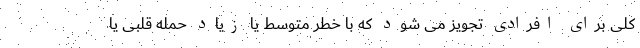
کلی برای افرادی تجویز می شود که با خطر متوسط یا زیاد حمله قلبی یا